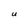
Character: U